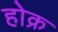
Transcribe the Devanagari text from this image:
होक्र